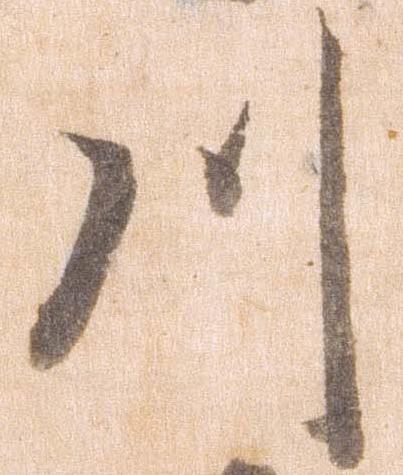
川